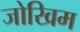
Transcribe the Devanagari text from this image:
जोखिम